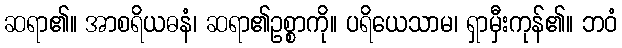
ဆရာ၏။ အာစရိယဓနံ၊ ဆရာ၏ဥစ္စာကို။ ပရိယေသာမ၊ ရှာမှီးကုန်၏။ ဘဝံ